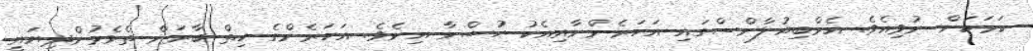
ކަމަކަށް ނުވިއެވެ. އެމްބިއުލާންސްގައި އަހަރެންނާއިއެކު ހުސްނާ އިނެވެ. އަހަރެންގެ ހިތް ބާރަށް ތެޅެމުންދިޔައީ